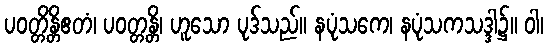
ပဝတ္တိန္တိဧတံ၊ ပဝတ္တန္တိ၊ ဟူသော ပုဒ်သည်။ နပုံသကေ၊ နပုံသကသဒ္ဒါ၌။ ဝါ၊